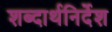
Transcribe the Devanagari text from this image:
शब्दार्थनिर्देश